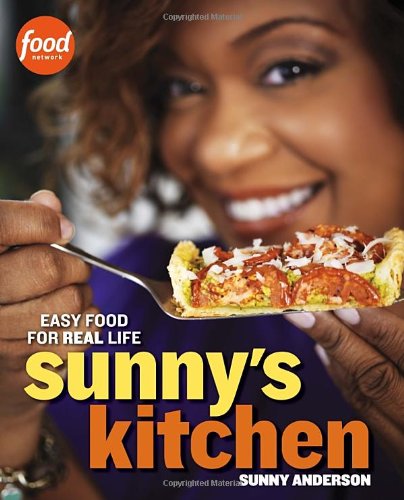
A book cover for Sunny's Kitchen: Easy Food for Real Life; Sunny Anderson; Cookbooks, Food & Wine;